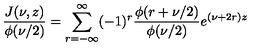
\frac { J ( \nu , z ) } { \phi ( \nu / 2 ) } = \sum _ { r = - \infty } ^ { \infty } ( - 1 ) ^ { r } \frac { \phi ( r + \nu / 2 ) } { \phi ( \nu / 2 ) } e ^ { ( \nu + 2 r ) z }